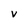
Character: V